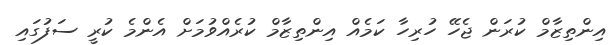
އިންތިޒާމް ކުރަން ޖެހޭ ހުރިހާ ކަމެއް އިންތިޒާމް ކުރެއްވުމަށް އެންމެ ކުރީ ސަފުގައި